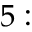
5 :